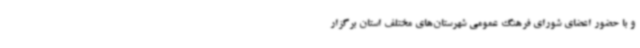
و با حضور اعضای شورای فرهنگ عمومی شهرستان‌های مختلف استان برگزار